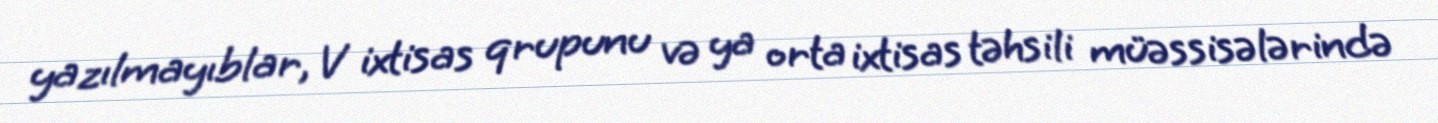
yazılmayıblar, V ixtisas qrupunu və ya orta ixtisas təhsili müəssisələrində